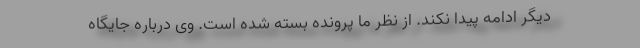
دیگر ادامه پیدا نکند. از نظر ما پرونده بسته شده است. وی درباره جایگاه